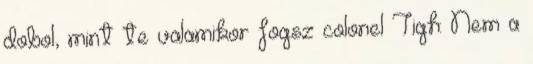
dobol, mint te valamikor fogsz colonel Tigh: Nem a